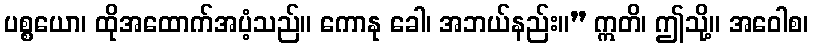
ပစ္စယော၊ ထိုအထောက်အပံ့သည်။ ကောနု ခေါ၊ အဘယ်နည်း။” ဣတိ၊ ဤသို့။ အဝေါစ၊